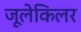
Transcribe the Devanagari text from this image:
जूलेकिलर